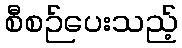
စီစဉ်ပေးသည့်